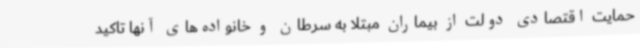
حمایت اقتصادی دولت از بیماران مبتلا به سرطان و خانواده‌های آنها تاکید